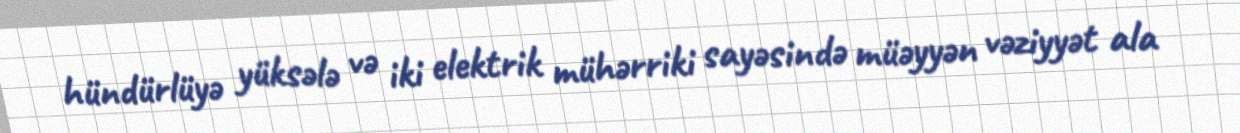
hündürlüyə yüksələ və iki elektrik mühərriki sayəsində müəyyən vəziyyət ala